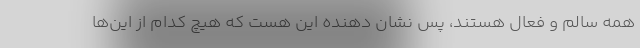
همه سالم و فعال هستند، پس نشان دهنده این هست که هیچ کدام از این‌ها